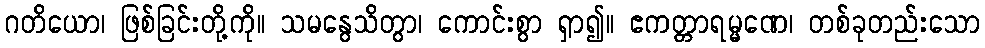
ဂတိယော၊ ဖြစ်ခြင်းတို့ကို။ သမနွေသိတွာ၊ ကောင်းစွာ ရှာ၍။ ဧကတ္တာရမ္မဏေ၊ တစ်ခုတည်းသော